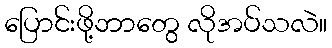
ပြောင်းဖို့ဘာတွေ လိုအပ်သလဲ။